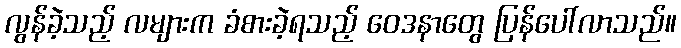
လွန်ခဲ့သည့် လများက ခံစားခဲ့ရသည့် ဝေဒနာတွေ ပြန်ပေါ်လာသည်။